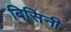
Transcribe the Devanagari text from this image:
बिसिनी